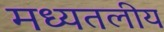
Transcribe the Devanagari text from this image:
मध्यतलीय